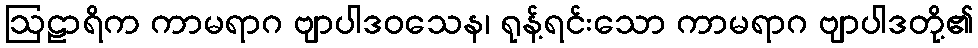
ဩဠာရိက ကာမရာဂ ဗျာပါဒဝသေန၊ ရုန့်ရင်းသော ကာမရာဂ ဗျာပါဒတို့၏